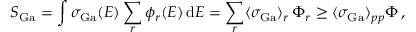
S _ { \mathrm { G a } } = \int \sigma _ { \mathrm { G a } } ( E ) \sum _ { r } \phi _ { r } ( E ) \, \mathrm { d } E = \sum _ { r } \langle \sigma _ { \mathrm { G a } } \rangle _ { r } \, \Phi _ { r } \geq \langle \sigma _ { \mathrm { G a } } \rangle _ { p p } \Phi \, ,